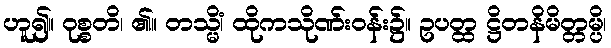
ဟူ၍။ ဝုစ္စတိ၊ ၏။ တသ္မိံ၊ ထိုကသိုဏ်းဝန်း၌။ ဥပတ္ထ ဋ္ဌိတနိမိတ္တမ္ပိ၊